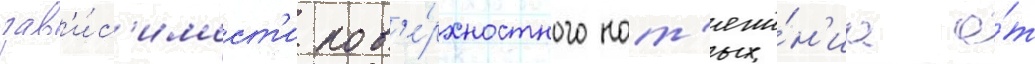
зав'и́с'имост'и пов'е́рхностного нат'яже́н'иа о́т